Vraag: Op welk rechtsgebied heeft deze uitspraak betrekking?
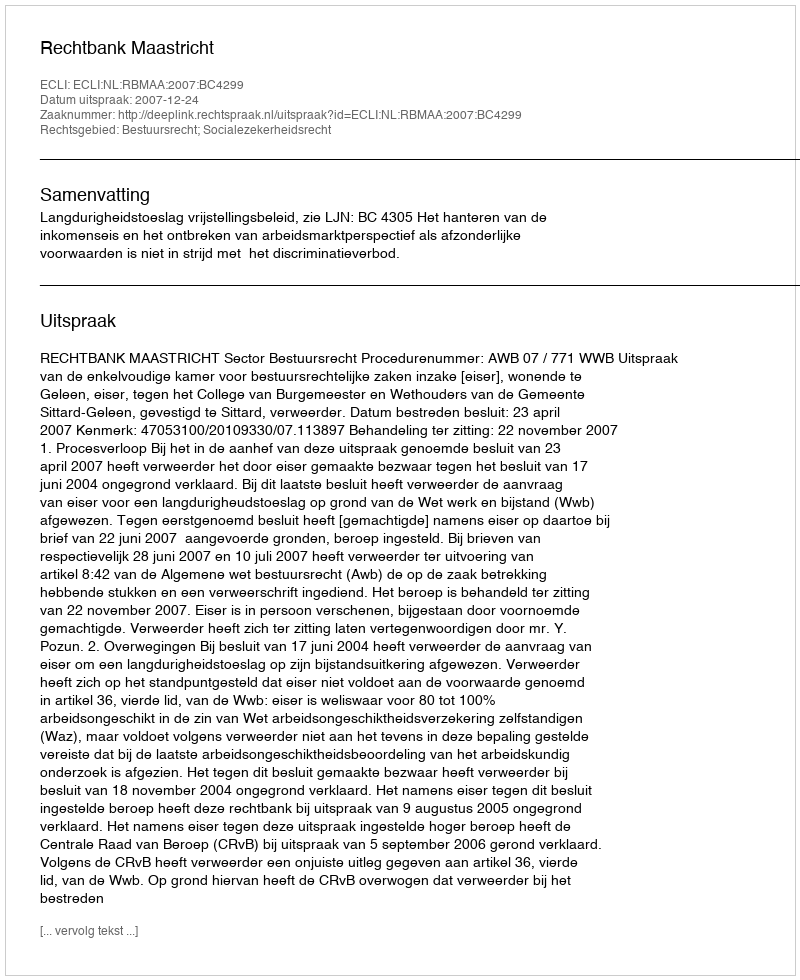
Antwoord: Bestuursrecht; Socialezekerheidsrecht